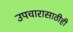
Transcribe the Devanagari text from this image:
उपचारासाठीही